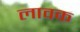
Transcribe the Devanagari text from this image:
लावक